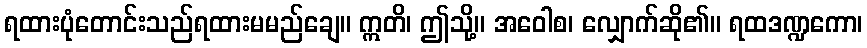
ရထားပုံတောင်းသည်ရထားမမည်ချေ။ ဣတိ၊ ဤသို့။ အဝေါစ၊ လျှောက်ဆို၏။ ရထဒဏ္ဍကော၊